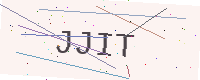
Text: JJIT